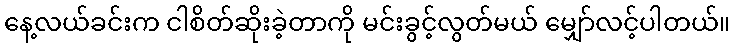
နေ့လယ်ခင်းက ငါစိတ်ဆိုးခဲ့တာကို မင်းခွင့်လွတ်မယ် မျှော်လင့်ပါတယ်။